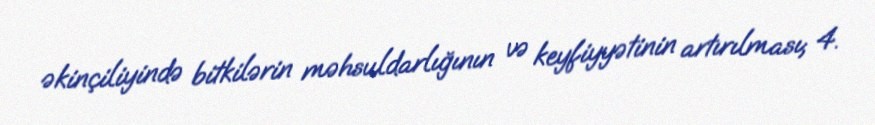
əkinçiliyində bitkilərin məhsuldarlığının və keyfiyyətinin artırılması; 4.